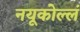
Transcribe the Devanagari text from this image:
नयूकोल्लं